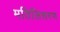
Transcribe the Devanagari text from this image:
मतिलिसरण